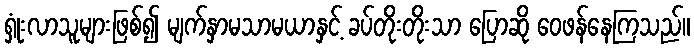
ရှုံးလာသူများဖြစ်၍ မျက်နှာမသာမယာနှင့် ခပ်တိုးတိုးသာ ပြောဆို ဝေဖန်နေကြသည်။